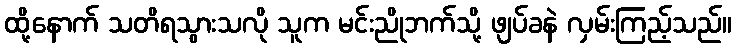
ထို့နောက် သတိရသွားသလို သူက မင်းညိုဘက်သို့ ဖျပ်ခနဲ လှမ်းကြည့်သည်။